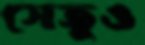
সেতুও